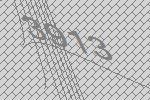
3913